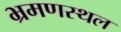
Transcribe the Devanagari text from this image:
भ्रमणस्‍थल